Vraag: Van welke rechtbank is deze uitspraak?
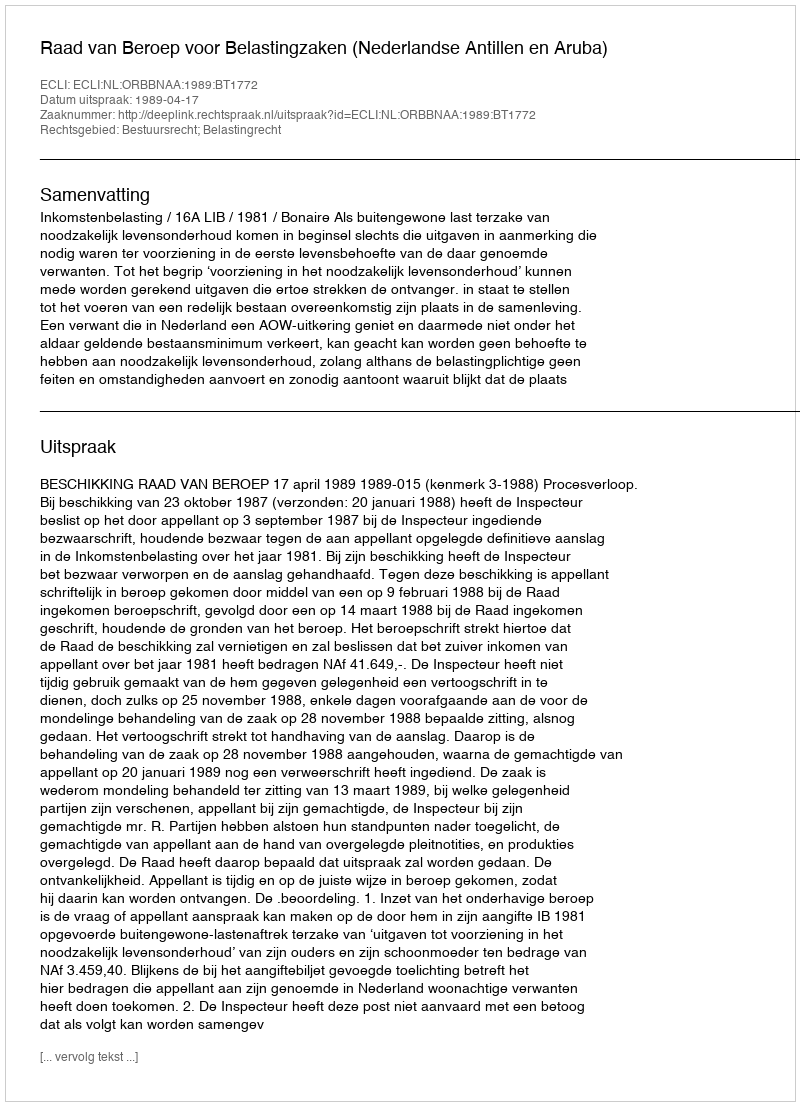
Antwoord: Raad van Beroep voor Belastingzaken (Nederlandse Antillen en Aruba)